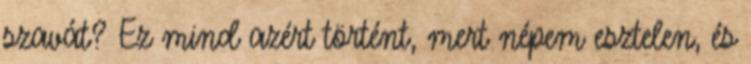
szavát? Ez mind azért történt, mert népem esztelen, és